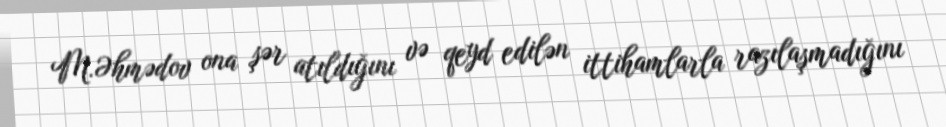
M.Əhmədov ona şər atıldığını və qeyd edilən ittihamlarla razılaşmadığını